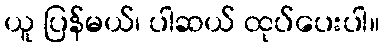
ယူ ပြန်မယ်၊ ပါဆယ် ထုပ်ပေးပါ။